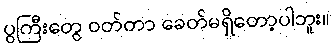
ပွကြီးတွေ ဝတ်တာ ခေတ်မရှိတော့ပါဘူး။